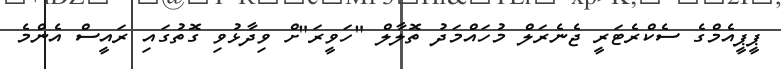
ޕީޕީއެމްގެ ސެކްރެޓަރީ ޖެނެރަލް މުހައްމަދު ތޮލާލް "ހަވީރަ"ށް ވިދާޅުވި ގޮތުގައި ރައީސް އެންމެ